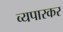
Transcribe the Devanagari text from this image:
व्यपारकर